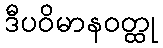
ဒီပဝိမာနဝတ္ထု